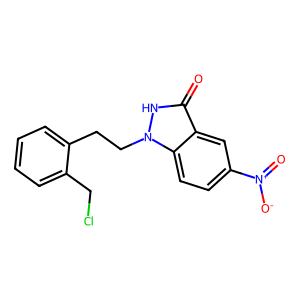
SMILES: O=c1[nH]n(CCc2ccccc2CCl)c2ccc([N+](=O)[O-])cc12
Inhibits HIV replication: No